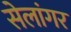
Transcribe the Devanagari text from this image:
सेलांगर